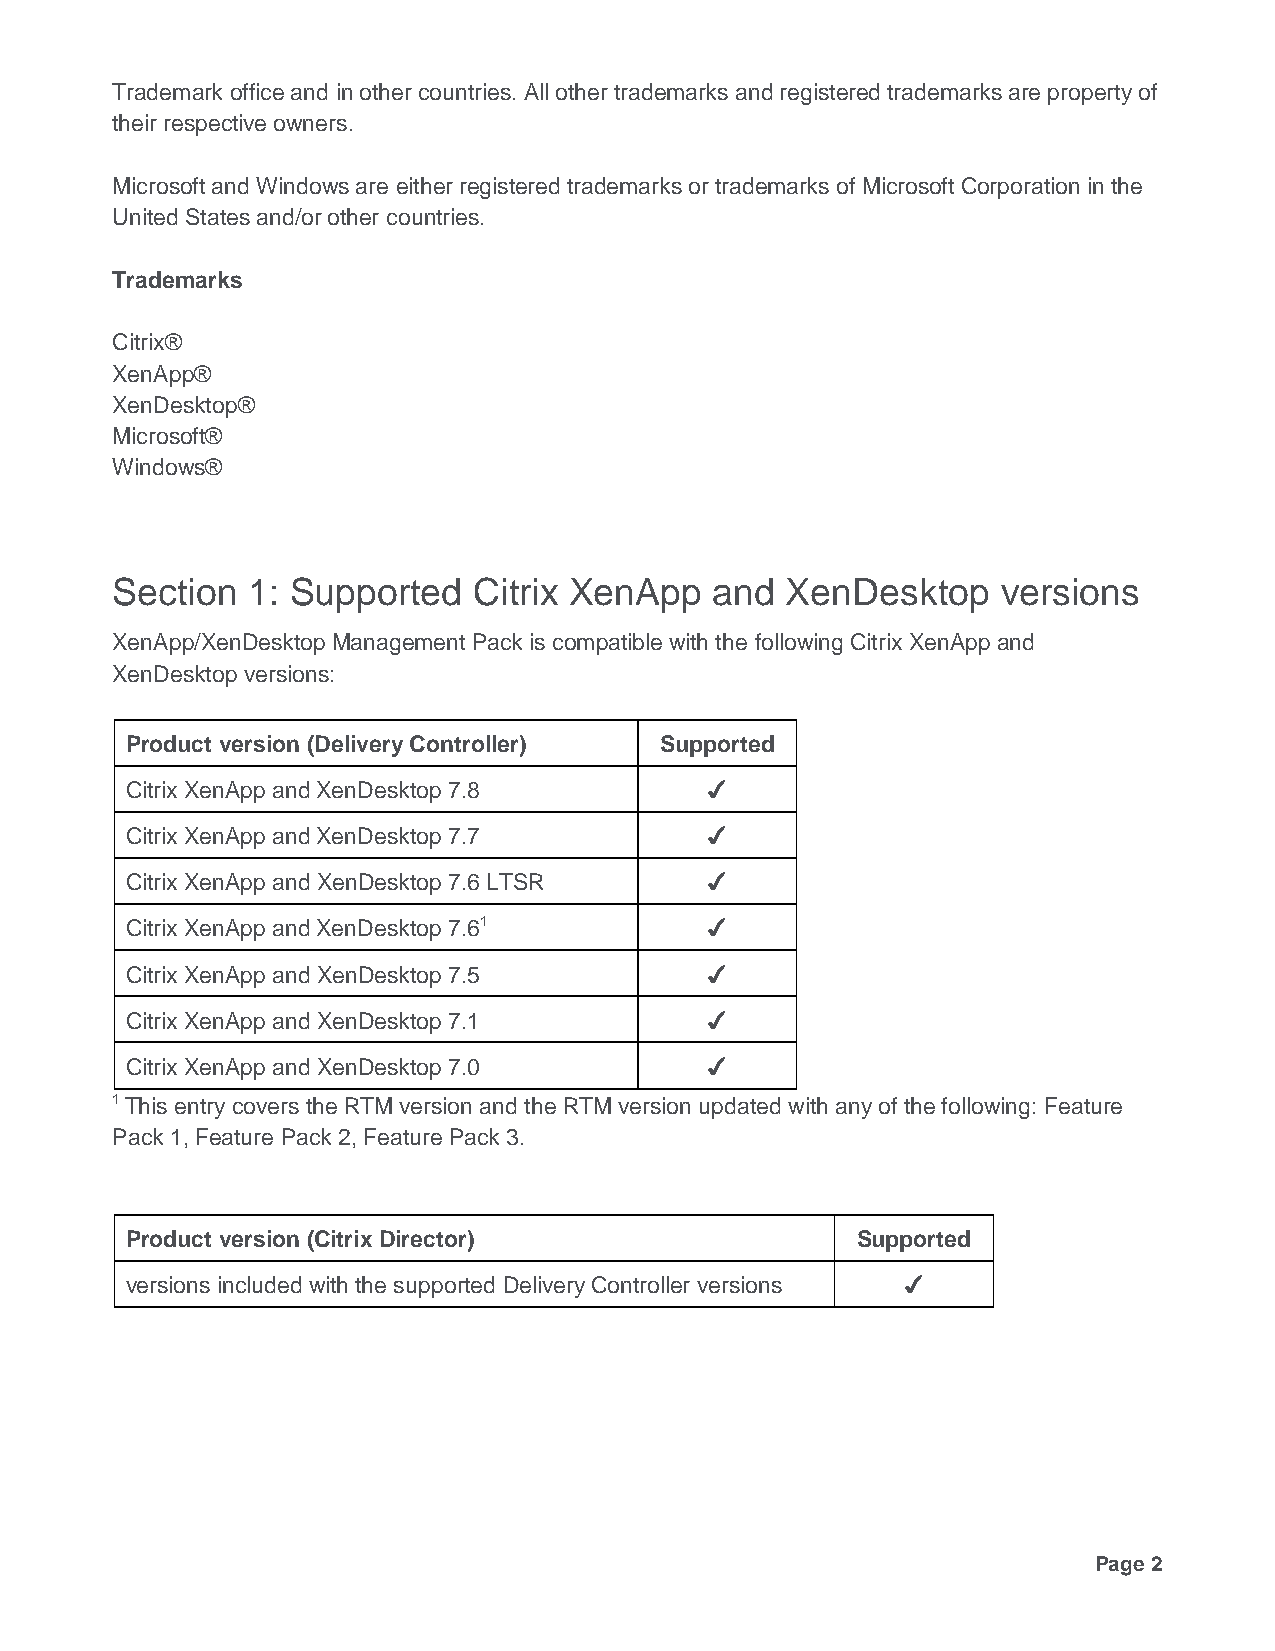
Trademark office and in other countries. All other trademarks and registered trademarks are property of
 their respective owners.
 Microsoft and Windows are either registered trademarks or trademarks of Microsoft Corporation in the
 United States and/or other countries.
 Trademarks
 Citrix®
 XenApp®
 XenDesktop®
 Microsoft®
 Windows®
 Section  1: Supported   Citrix XenApp   and  XenDesktop    versions
 XenApp/XenDesktop Management Pack is compatible with the following Citrix XenApp and
 XenDesktop versions:
 Product version (Delivery Controller) Supported
 Citrix XenApp and XenDesktop 7.8       ✔
 Citrix XenApp and XenDesktop 7.7       ✔
 Citrix XenApp and XenDesktop 7.6 LTSR  ✔
 Citrix XenApp and XenDesktop 7.61      ✔
 Citrix XenApp and XenDesktop 7.5       ✔
 Citrix XenApp and XenDesktop 7.1       ✔
 Citrix XenApp and XenDesktop 7.0       ✔
 1 This entry covers the RTM version and the RTM version updated with any of the following: Feature
 Pack 1, Feature Pack 2, Feature Pack 3.
 Product version (Citrix Director)                Supported
 versions included with the supported Delivery Controller versions ✔
 Page 2